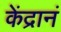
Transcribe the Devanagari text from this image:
केंद्रानं